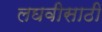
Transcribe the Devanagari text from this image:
लघवीसाठी